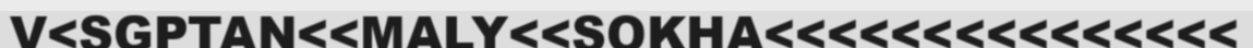
V<SGPTAN<<MALY<<SOKHA<<<<<<<<<<<<<<<